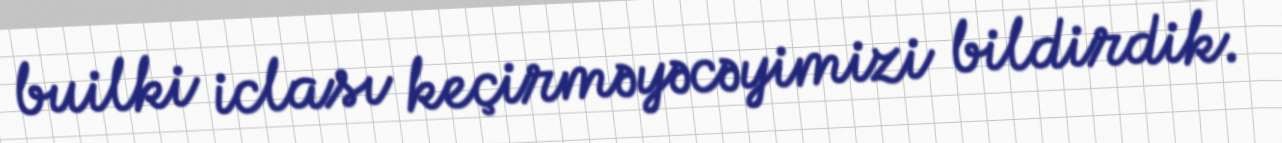
builki iclası keçirməyəcəyimizi bildirdik.